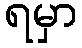
ရမှာ